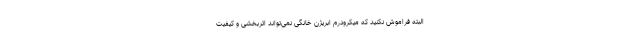
البته فراموش نکنید که میکرودرم ابریژن خانگی نمی‌تواند اثربخشی و کیفیت